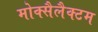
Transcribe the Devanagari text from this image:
मोक्सैलैक्टम